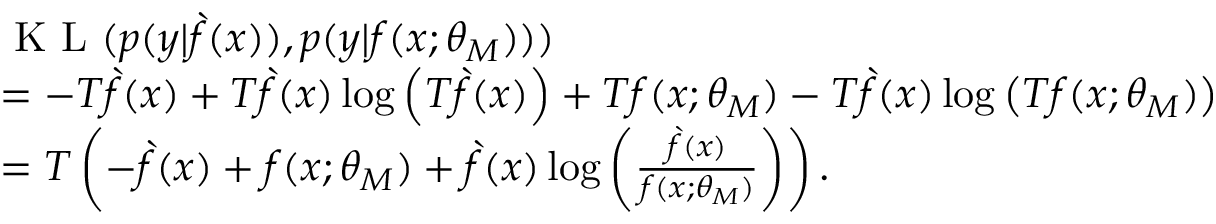
\begin{array} { r l } & { \textup { K L } ( p ( y | \grave { f } ( x ) ) , p ( y | f ( x ; \theta _ { M } ) ) ) } \\ & { = - T \grave { f } ( x ) + T \grave { f } ( x ) \log \left( T \grave { f } ( x ) \right) + T f ( x ; \theta _ { M } ) - T \grave { f } ( x ) \log \left( T f ( x ; \theta _ { M } ) \right) } \\ & { = T \left( - \grave { f } ( x ) + f ( x ; \theta _ { M } ) + \grave { f } ( x ) \log \left( \frac { \grave { f } ( x ) } { f ( x ; \theta _ { M } ) } \right) \right) . } \end{array}